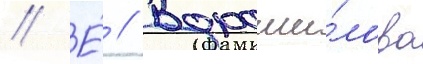
// Е́ // Вороши́лова